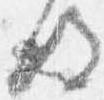
後